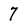
Character: 7